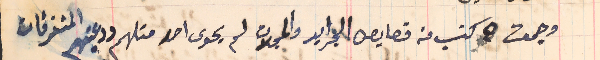
وجمعت ٥ كتب من قصايص الجرايد والمجلات لم يحوى احد متلهم ودعيتهم المتفرقات